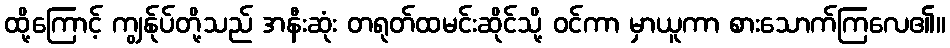
ထို့ကြောင့် ကျွန်ုပ်တို့သည် အနီးဆုံး တရုတ်ထမင်းဆိုင်သို့ ဝင်ကာ မှာယူကာ စားသောက်ကြလေ၏။